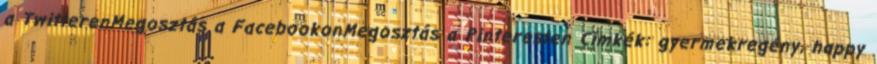
a TwitterenMegosztás a FacebookonMegosztás a Pinteresten Címkék: gyermekregény, happy